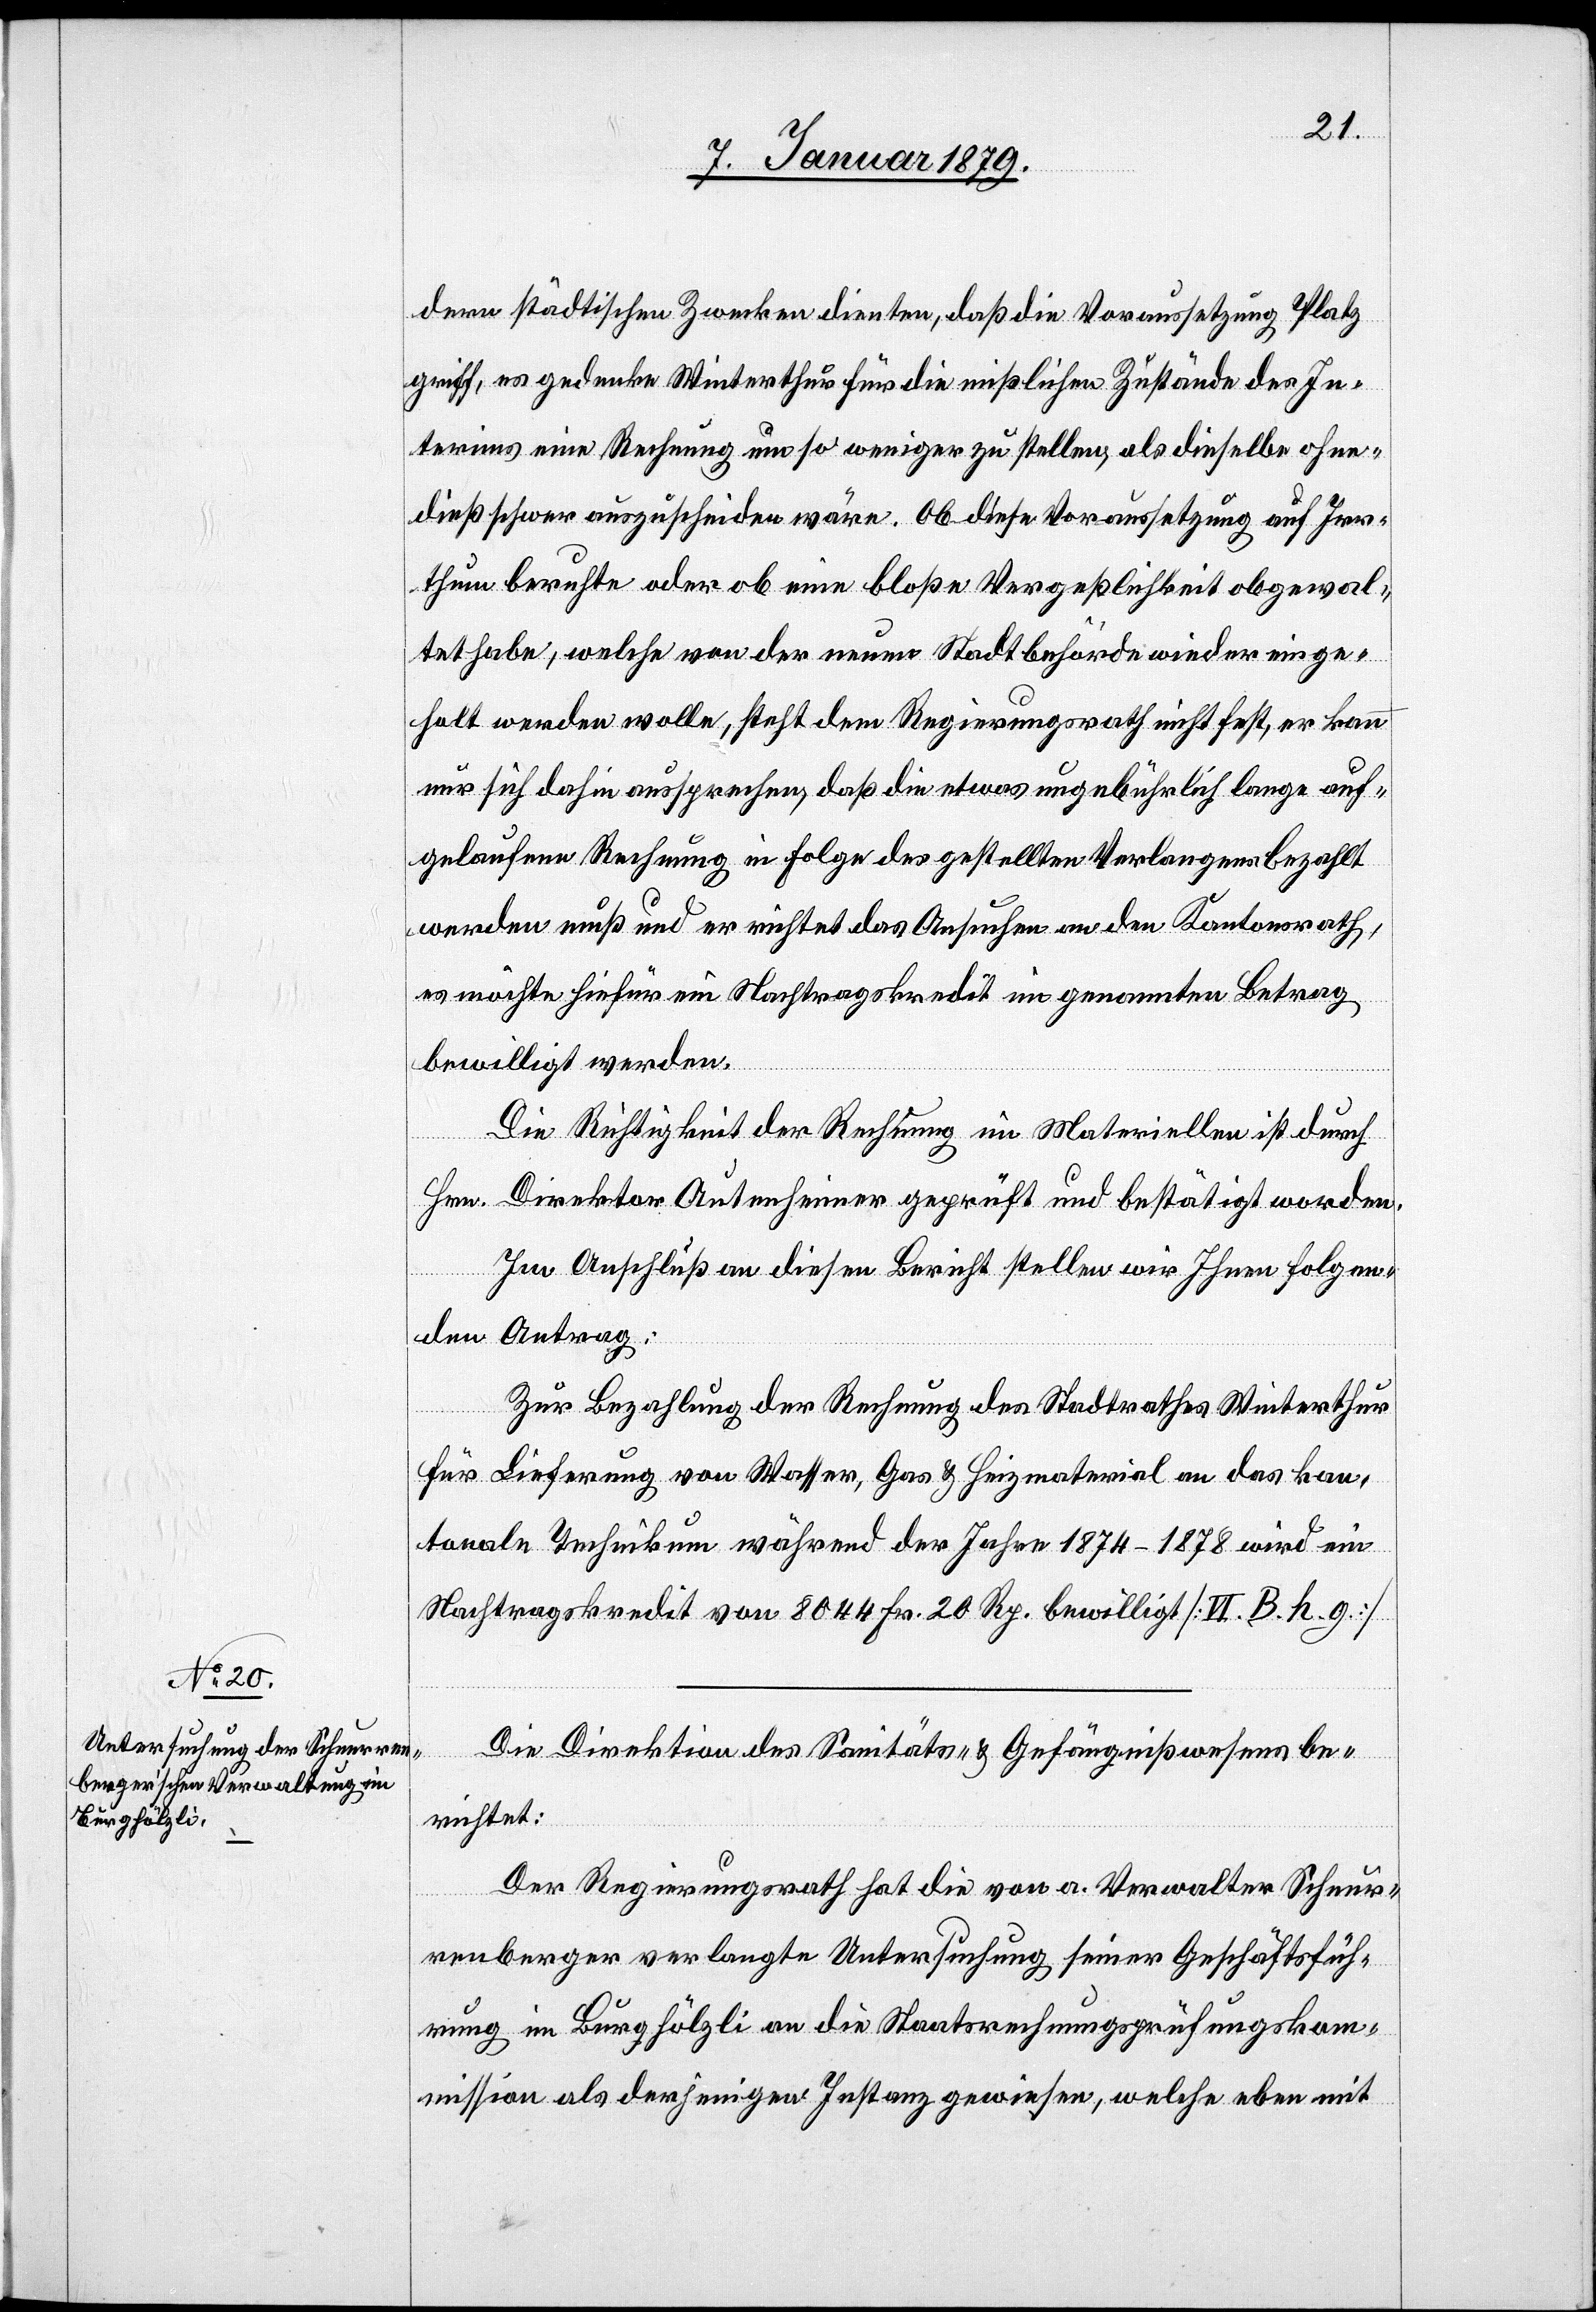
dern städtischen Zwecken dienten, daß die Voraussetzung Platz
griff, es gedenke Winterthur für die mißlichen Zustände des In¬
terims eine Rechnung um so weniger zustellen, als dieselbe ohne¬
dieß schwer auszuscheiden wäre. Ob diese Voraussetzung auf Irr¬
thum beruhte oder ob eine bloße Vergeßlichkeit obgewal¬
tet habe, welche von der neuen Stadtbehörde wieder einge¬
holt werden wolle, steht dem Regierungsrath nicht fest, er kann
nur sich dahin aussprechen, daß die etwas ungebührlich lange auf¬
gelaufene Rechnung in Folge des gestellten Verlangens bezahlt
werden muß und er richtet das Ansuchen an den Kantonsrath,
es möchte hiefür ein Nachtragskredit im genannten Betrag
bewilligt werden.
Die Richtigkeit der Rechnung im Materiellen ist durch
Hrn. Direktor Autenheimer geprüft und bestätigt worden.
Im Anschluß an diesen Bericht stellen wir Ihnen folgen¬
den Antrag:
Zur Bezahlung der Rechnung des Stadtrathes Winterthur
für Lieferung von Wasser, Gas & Heizmaterial an das kan¬
tonale Technikum während der Jahre 1874–1878 wird ein
Nachtragskredit von 8044 Fr. 20 Rp. bewilligt. [VI. B. h. g.]
Die Direktion des Sanitäts- & Gefängnißwesens be¬
richtet:
Der Regierungsrath hat die von a. Verwalter Schnur¬
renberger verlangte Untersuchung seiner Geschäftsfüh¬
rung im Burghölzli an die Staatsrechnungsprüfungskom¬
mission als derjenigen Instanz gewiesen, welche eben mit